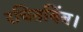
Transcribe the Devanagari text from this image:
रचितबिंब।